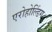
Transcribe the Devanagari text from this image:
एरोहोल्डिंग